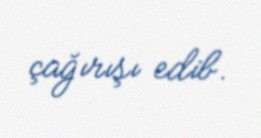
çağırışı edib.